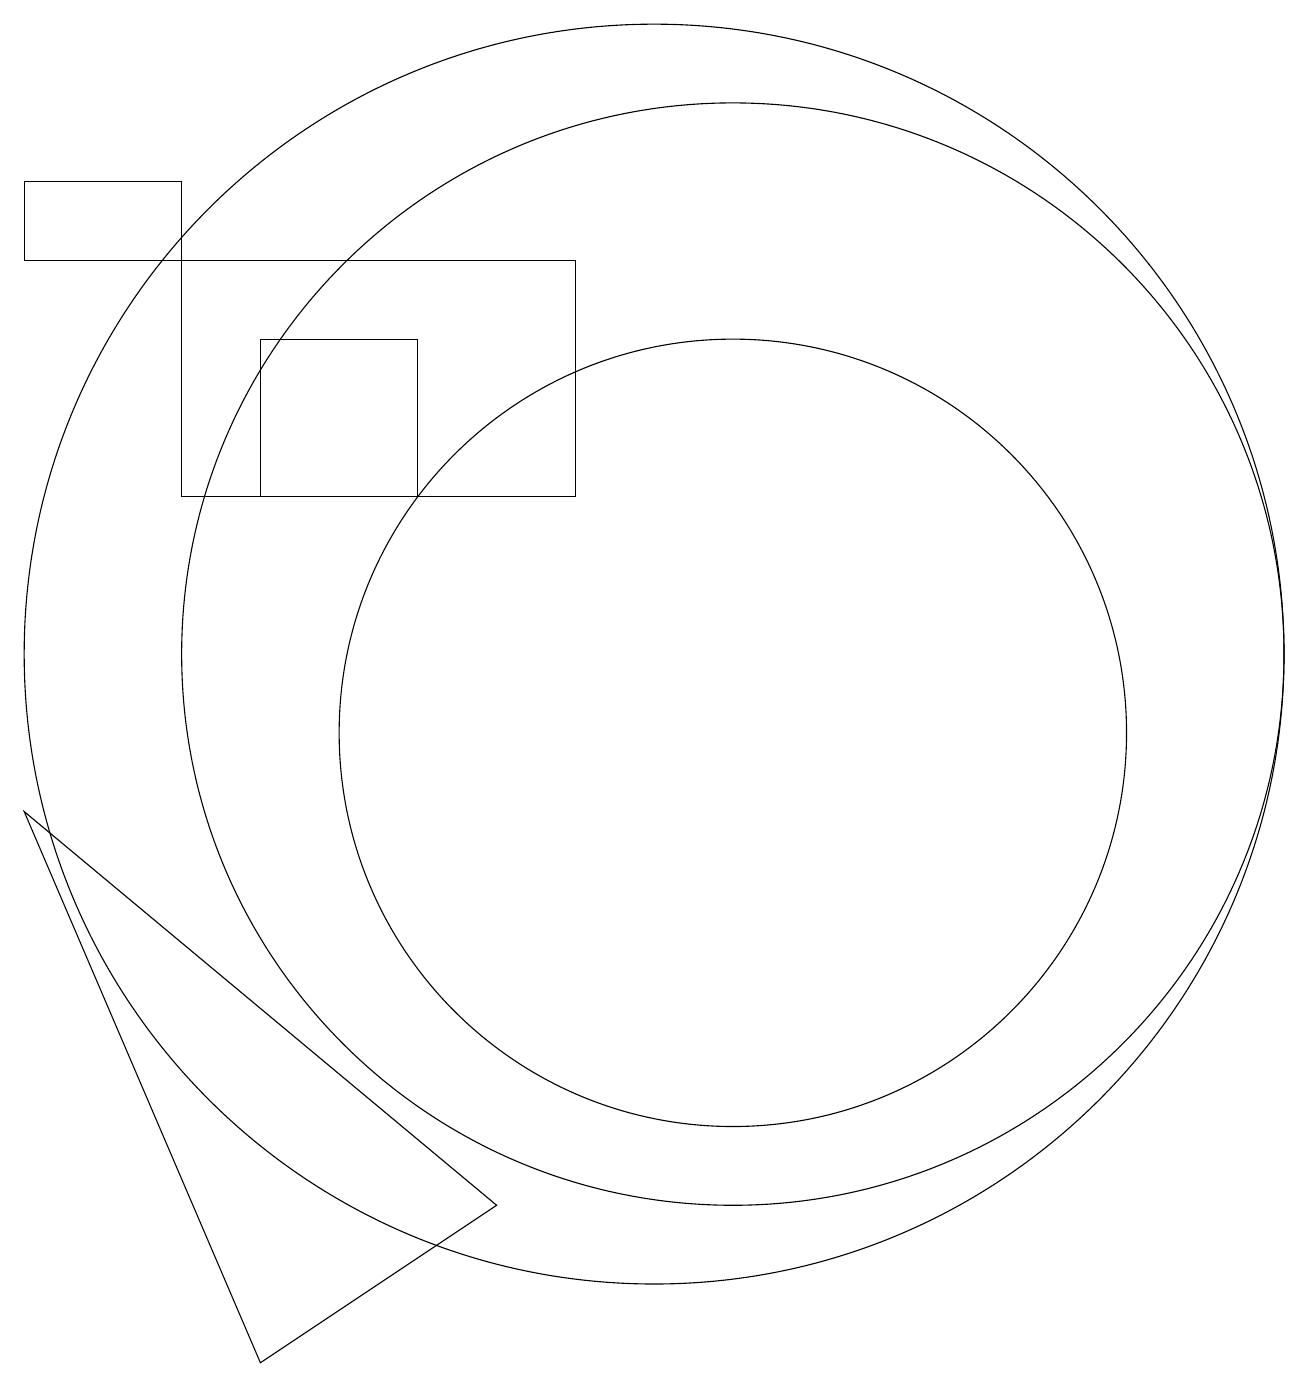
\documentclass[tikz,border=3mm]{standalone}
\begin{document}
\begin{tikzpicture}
\draw (11,10) circle (5);
\draw (7,13) rectangle (5,15);
\draw (2,16) rectangle (4,17);
\draw (5,2) -- (2,9) -- (8,4) -- cycle;
\draw (10,11) circle (8);
\draw (9,13) rectangle (4,16);
\draw (11,11) circle (7);
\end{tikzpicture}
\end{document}